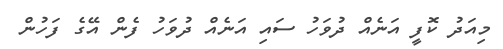
މިއަދު ކޮފީ އަނެއް ދުވަހު ސައި އަނެއް ދުވަހު ފެން އޭގެ ފަހުން